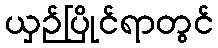
ယှဉ်ပြိုင်ရာတွင်